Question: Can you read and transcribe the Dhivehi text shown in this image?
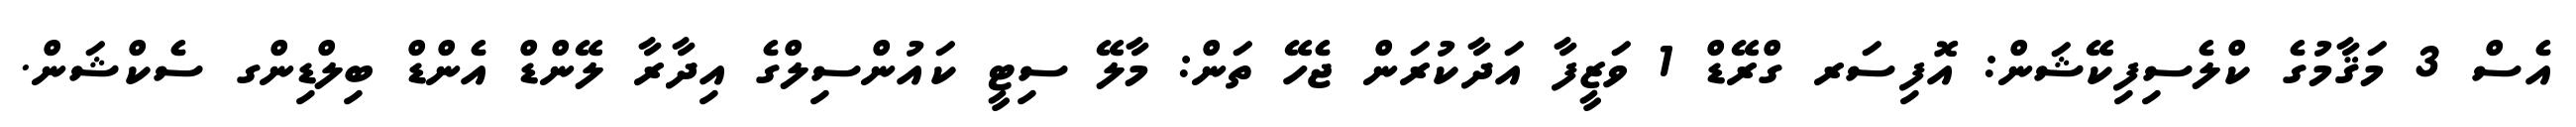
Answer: އެސް 3 މަޤާމުގެ ކްލެސިފިކޭޝަން: އޮފިސަރ ގްރޭޑް 1 ވަޒީފާ އަދާކުރަން ޖެހޭ ތަން: މާލޭ ސިޓީ ކައުންސިލްގެ އިދާރާ ލޭންޑް އެންޑް ބިލްޑިންގ ސެކްޝަން.